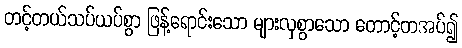
တင့်တယ်သပ်ယပ်စွာ ဖြန့်ရောင်းသော များလှစွာသော တောင့်တအပ်၍